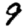
Digit: 9